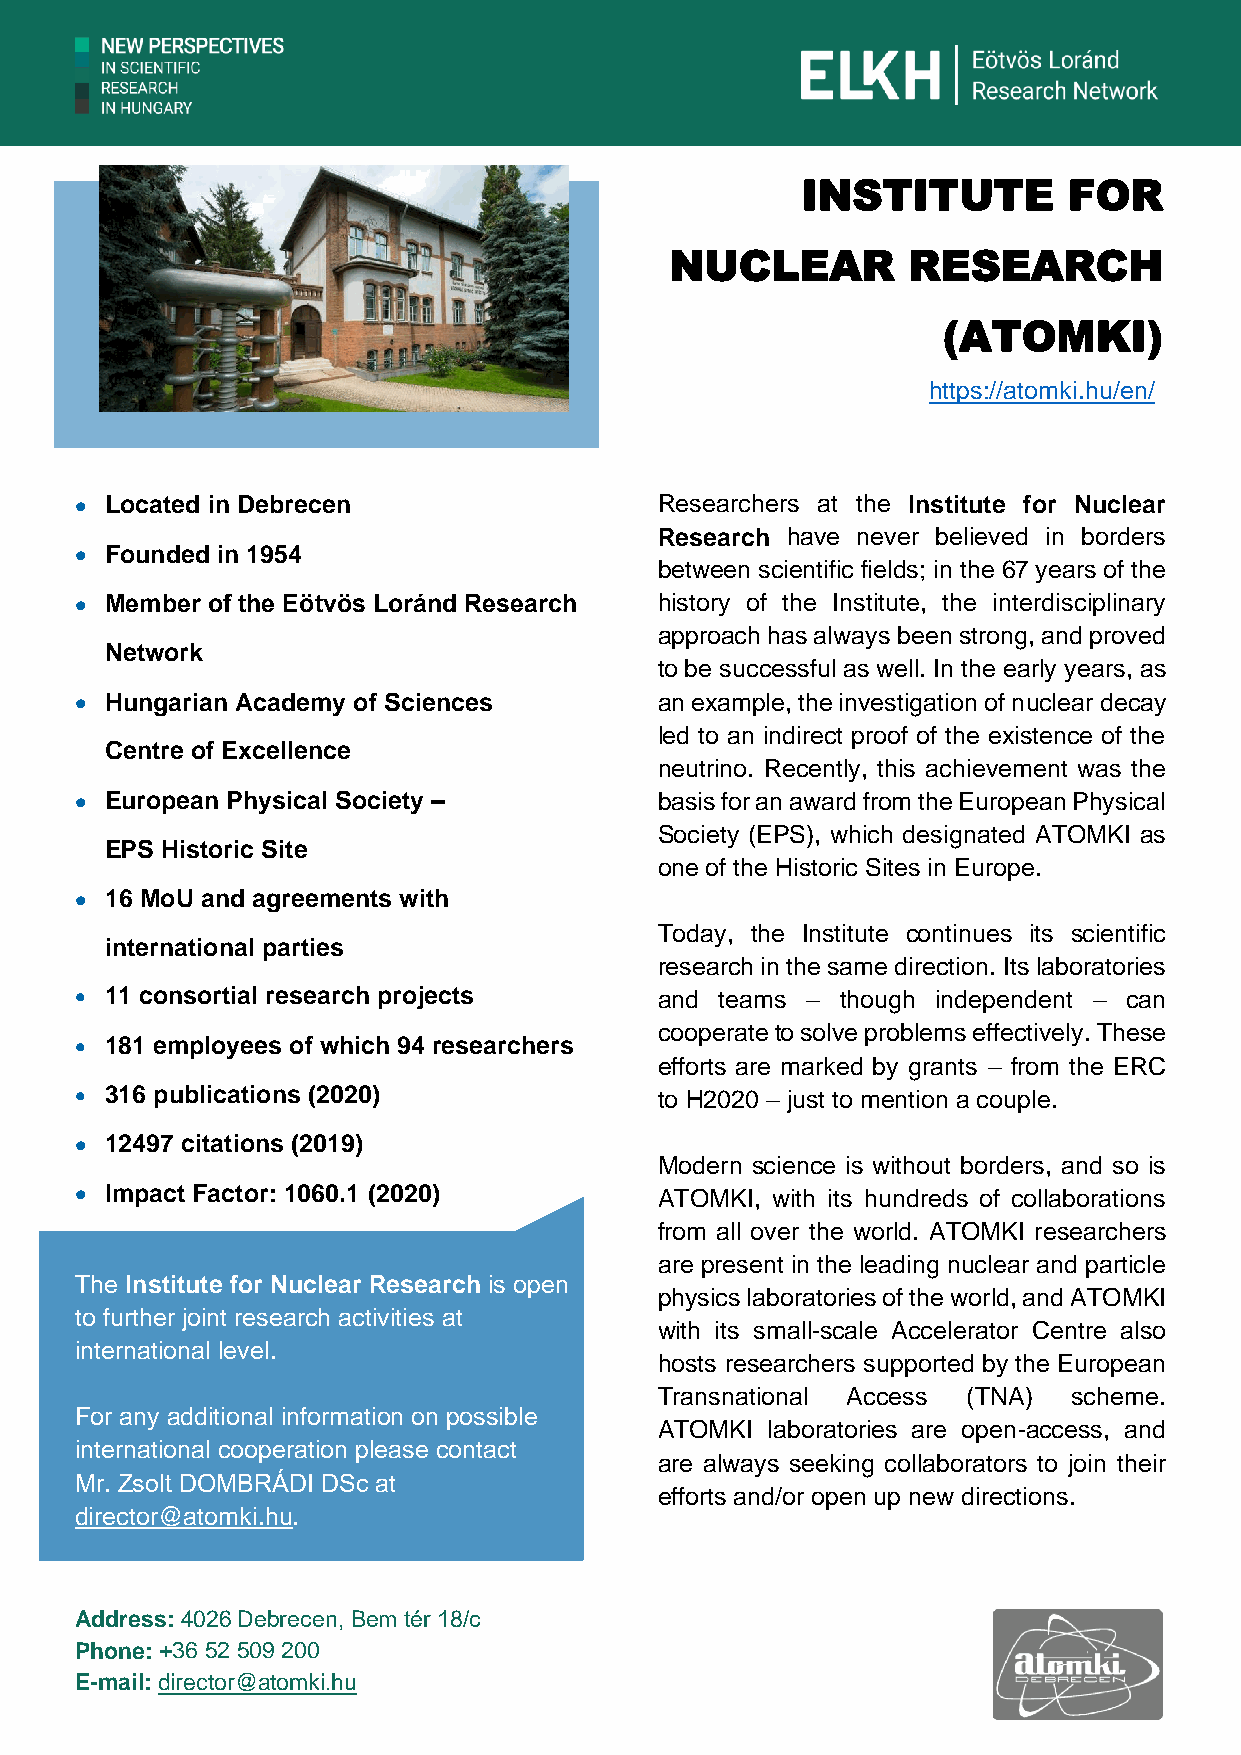
INSTITUTE         FOR
 NUCLEAR         RESEARCH
 (ATOMKI)
 https://atomki.hu/en/
 • Located in Debrecen                  Researchers at the Institute for Nuclear
 Research have never believed in borders
 • Founded in 1954
 between scientific fields; in the 67 years of the
 • Member of the Eötvös Loránd Research history of the Institute, the interdisciplinary
 approach has always been strong, and proved
 Network
 to be successful as well. In the early years, as
 • Hungarian Academy of Sciences        an example, the investigation of nuclear decay
 led to an indirect proof of the existence of the
 Centre of Excellence
 neutrino. Recently, this achievement was the
 • European Physical Society –          basis for an award from the European Physical
 Society (EPS), which designated ATOMKI as
 EPS Historic Site
 one of the Historic Sites in Europe.
 • 16 MoU and agreements with
 Today, the Institute continues its scientific
 international parties
 research in the same direction. Its laboratories
 • 11 consortial research projects      and teams – though independent – can
 cooperate to solve problems effectively. These
 • 181 employees of which 94 researchers
 efforts are marked by grants – from the ERC
 • 316 publications (2020)              to H2020 – just to mention a couple.
 • 12497 citations (2019)
 Modern science is without borders, and so is
 • Impact Factor: 1060.1 (2020)         ATOMKI, with its hundreds of collaborations
 from all over the world. ATOMKI researchers
 are present in the leading nuclear and particle
 The Institute for Nuclear Research is open
 physics laboratories of the world, and ATOMKI
 to further joint research activities at
 with its small-scale Accelerator Centre also
 international level.
 hosts researchers supported by the European
 Transnational Access (TNA) scheme.
 For any additional information on possible
 ATOMKI laboratories are open-access, and
 international cooperation please contact
 are always seeking collaborators to join their
 Mr. Zsolt DOMBRÁDI DSc at
 efforts and/or open up new directions.
 director@atomki.hu.
 Address: 4026 Debrecen, Bem tér 18/c
 Phone: +36 52 509 200
 E-mail: director@atomki.hu